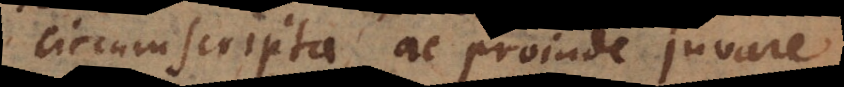
circumscripta, ac proinde juvare